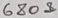
Text: 680Ω